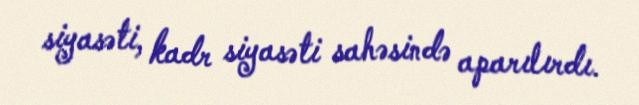
siyasəti, kadr siyasəti sahəsində aparılırdı.